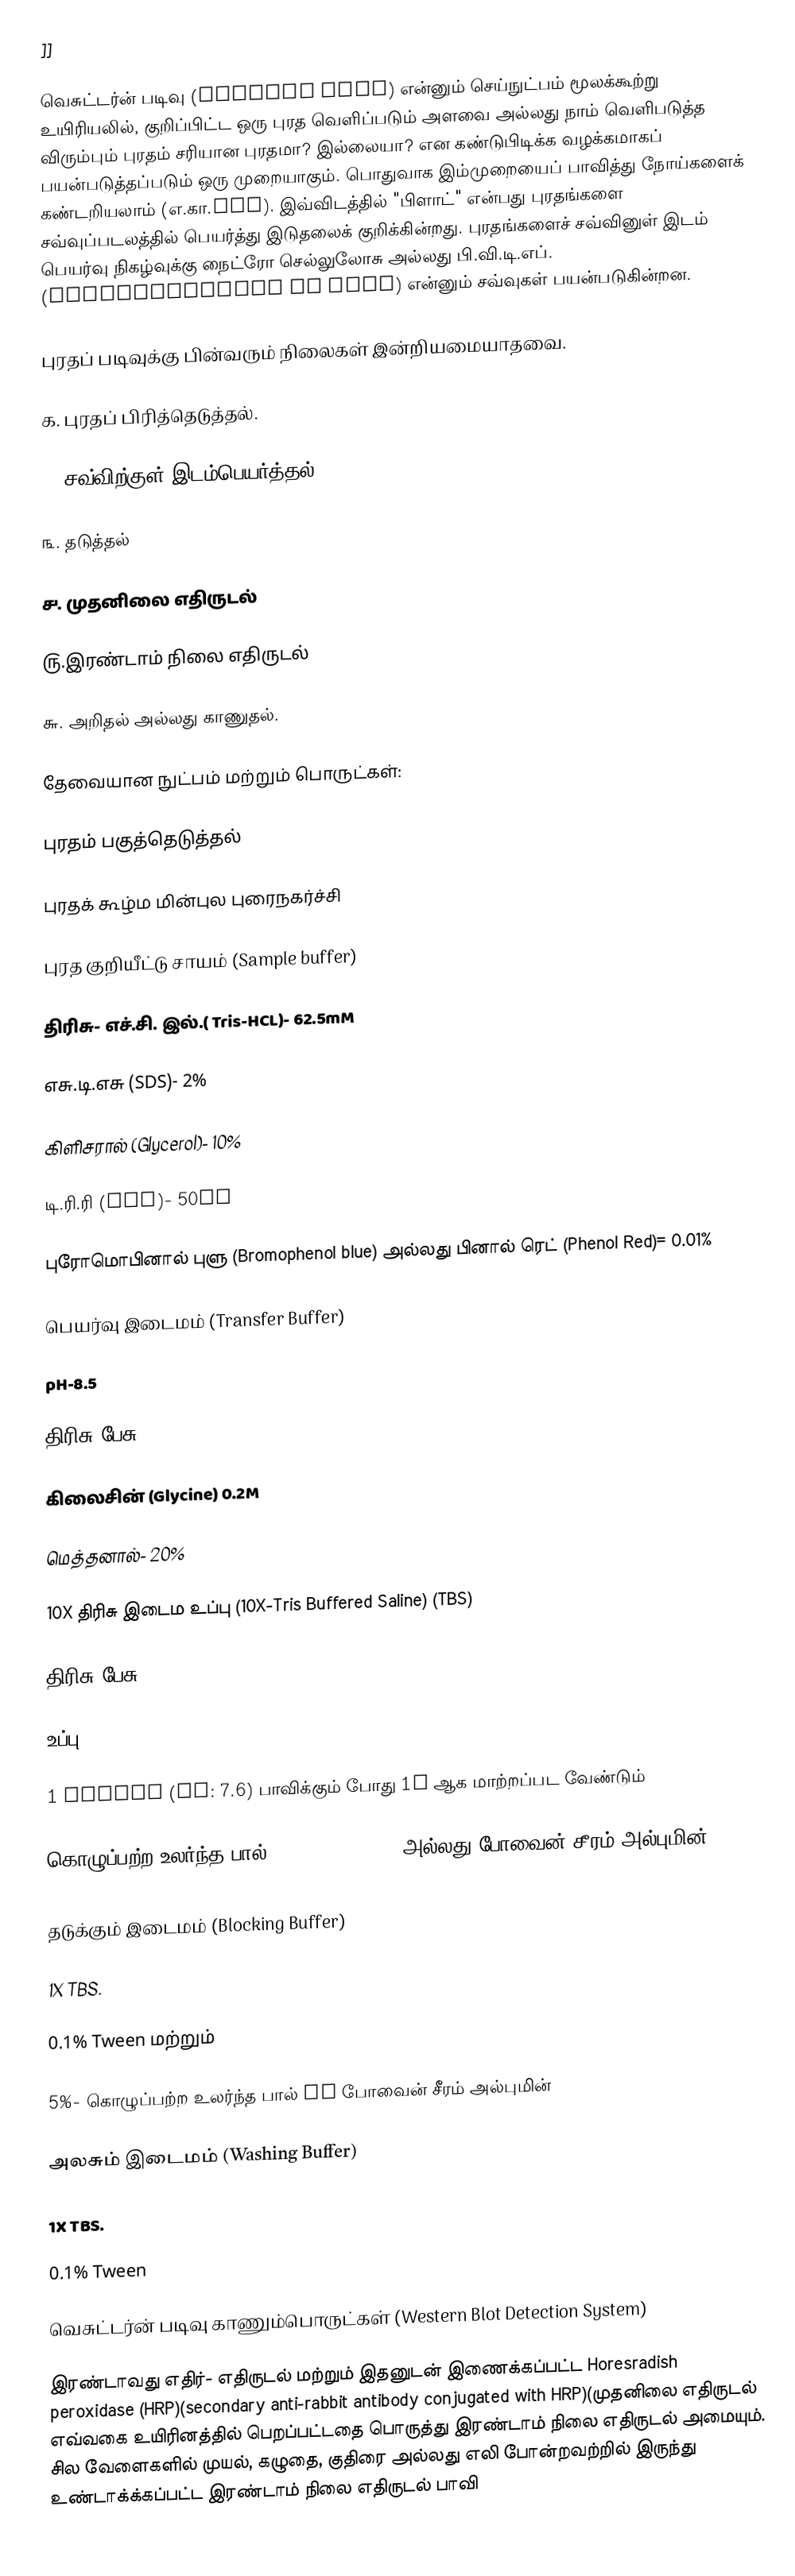
]]

வெசுட்டர்ன் படிவு (western blot) என்னும் செய்நுட்பம் மூலக்கூற்று உயிரியலில், குறிப்பிட்ட ஒரு புரத வெளிப்படும் அளவை அல்லது நாம் வெளிபடுத்த விரும்பும் புரதம் சரியான புரதமா? இல்லையா? என கண்டுபிடிக்க வழக்கமாகப் பயன்படுத்தப்படும் ஒரு முறையாகும். பொதுவாக இம்முறையைப் பாவித்து நோய்களைக் கண்டறியலாம் (எ.கா.HIV). இவ்விடத்தில் "பிளாட்" என்பது புரதங்களை சவ்வுப்படலத்தில் பெயர்த்து இடுதலைக் குறிக்கின்றது. புரதங்களைச் சவ்வினுள் இடம் பெயர்வு நிகழ்வுக்கு நைட்ரோ செல்லுலோசு அல்லது பி.வி.டி.எப். (nitrocellulose or PVDF) என்னும் சவ்வுகள் பயன்படுகின்றன.

புரதப் படிவுக்கு பின்வரும் நிலைகள் இன்றியமையாதவை.

௧. புரதப் பிரித்தெடுத்தல்.

௨. சவ்விற்குள் இடம்பெயர்த்தல்

௩. தடுத்தல்

௪. முதனிலை எதிருடல்

௫.இரண்டாம் நிலை எதிருடல்

௬. அறிதல் அல்லது காணுதல்.

தேவையான நுட்பம் மற்றும் பொருட்கள்:

புரதம் பகுத்தெடுத்தல்

புரதக் கூழ்ம மின்புல புரைநகர்ச்சி

புரத குறியீட்டு சாயம் (Sample buffer)

திரிசு- எச்.சி. இல்.( Tris-HCL)- 62.5mM

எசு.டி.எசு (SDS)- 2%

கிளிசரால் (Glycerol)- 10%

டி.ரி.ரி (DTT)- 50mM

புரோமொபினால் புளு (Bromophenol blue) அல்லது பினால் ரெட் (Phenol Red)= 0.01%

பெயர்வு இடைமம் (Transfer Buffer)

pH-8.5

திரிசு பேசு (Tris base)- 25mM

கிலைசின் (Glycine) 0.2M

மெத்தனால்- 20%

 10X திரிசு இடைம உப்பு (10X-Tris Buffered Saline) (TBS)

திரிசு பேசு- 24.2g

உப்பு - 80g

1 litter (pH: 7.6) பாவிக்கும் போது 1X ஆக மாற்றப்பட வேண்டும்

கொழுப்பற்ற உலர்ந்த பால்(Nonfat Dry Milk) அல்லது போவைன் சீரம் அல்புமின் (Bovine Serum Albumin)

தடுக்கும் இடைமம் (Blocking Buffer)

1X TBS.

0.1% Tween மற்றும்

5%- கொழுப்பற்ற உலர்ந்த பால் or போவைன் சீரம் அல்புமின்

அலசும் இடைமம் (Washing Buffer)

1X TBS.

0.1% Tween

வெசுட்டர்ன் படிவு காணும்பொருட்கள் (Western Blot Detection System)

இரண்டாவது எதிர்- எதிருடல் மற்றும் இதனுடன் இணைக்கப்பட்ட Horesradish peroxidase (HRP)(secondary anti-rabbit antibody conjugated with HRP)(முதனிலை எதிருடல் எவ்வகை உயிரினத்தில் பெறப்பட்டதை பொருத்து இரண்டாம் நிலை எதிருடல் அமையும். சில வேளைகளில் முயல், கழுதை, குதிரை அல்லது எலி போன்றவற்றில் இருந்து உண்டாக்க்கப்பட்ட இரண்டாம் நிலை எதிருடல் பாவி